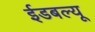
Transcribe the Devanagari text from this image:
ईडबल्यू